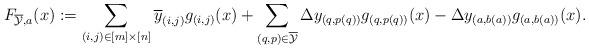
LaTeX: \begin{align*}F_{\overline{\mathcal{Y}},a}(x) &:= \sum_{(i,j) \in [m] \times [n]} \overline{y}_{(i,j)}g_{(i,j)}(x) + \sum_{(q,p) \in \overline{\mathcal{Y}}} \Delta y_{(q,p(q))}g_{(q,p(q))}(x) - \Delta y_{(a,b(a))}g_{(a,b(a))}(x).\end{align*}